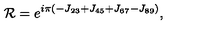
{ \cal R } = e ^ { i \pi \left( - J _ { 2 3 } + J _ { 4 5 } + J _ { 6 7 } - J _ { 8 9 } \right) } ,